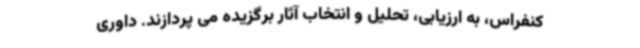
کنفراس، به ارزیابی، تحلیل و انتخاب آثار برگزیده می پردازند. داوری